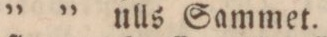
” ” ulls Sammet.